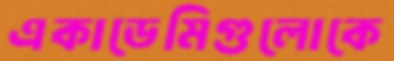
একাডেমিগুলোকে